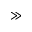
{ \gg }